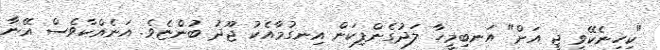
"ކިހިނެކޭވީ ޖީ އަށް" އަނބިމީހާ ލަދުގެންފިކަން އިނގުމާއެކު ޖޫދު ބުންޏެވެ. އަނެއްކާވެސް އޭނާ